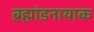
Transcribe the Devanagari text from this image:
ब्रह्मांडनायाक